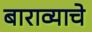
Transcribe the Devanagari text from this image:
बाराव्याचे